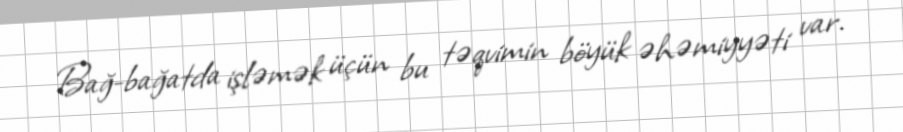
Bağ-bağatda işləmək üçün bu təqvimin böyük əhəmiyyəti var.